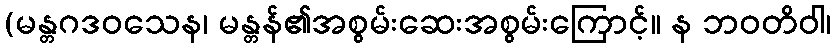
(မန္တဂဒဝသေန၊ မန္တန်၏အစွမ်းဆေးအစွမ်းကြောင့်။ န ဘဝတိဝါ၊